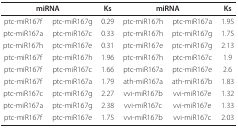
<table><thead><tr><td colspan="2"><b>miRNA</b></td><td><b>Ks</b></td><td colspan="2"><b>miRNA</b></td><td><b>Ks</b></td></tr></thead><tbody><tr><td>ptc-miR167f</td><td>ptc-miR167g</td><td>0.29</td><td>ptc-miR167h</td><td>ptc-miR167a</td><td>1.95</td></tr><tr><td>ptc-miR167a</td><td>ptc-miR167c</td><td>0.33</td><td>ptc-miR167h</td><td>ptc-miR167g</td><td>1.75</td></tr><tr><td>ptc-miR167h</td><td>ptc-miR167e</td><td>0.31</td><td>ptc-miR167e</td><td>ptc-miR167g</td><td>2.13</td></tr><tr><td>ptc-miR167f</td><td>ptc-miR167h</td><td>1.96</td><td>ptc-miR167h</td><td>ptc-miR167c</td><td>1.9</td></tr><tr><td>ptc-miR167f</td><td>ptc-miR167c</td><td>1.66</td><td>ptc-miR167a</td><td>ptc-miR167e</td><td>2.6</td></tr><tr><td>ptc-miR167f</td><td>ptc-miR167a</td><td>1.79</td><td>ath-miR167a</td><td>ath-miR167b</td><td>1.83</td></tr><tr><td>ptc-miR167c</td><td>ptc-miR167g</td><td>2.27</td><td>vvi-miR167b</td><td>vvi-miR167e</td><td>1.32</td></tr><tr><td>ptc-miR167a</td><td>ptc-miR167g</td><td>2.38</td><td>vvi-miR167c</td><td>vvi-miR167e</td><td>1.33</td></tr><tr><td>ptc-miR167f</td><td>ptc-miR167e</td><td>1.75</td><td>vvi-miR167b</td><td>vvi-miR167c</td><td>2.03</td></tr></tbody></table>